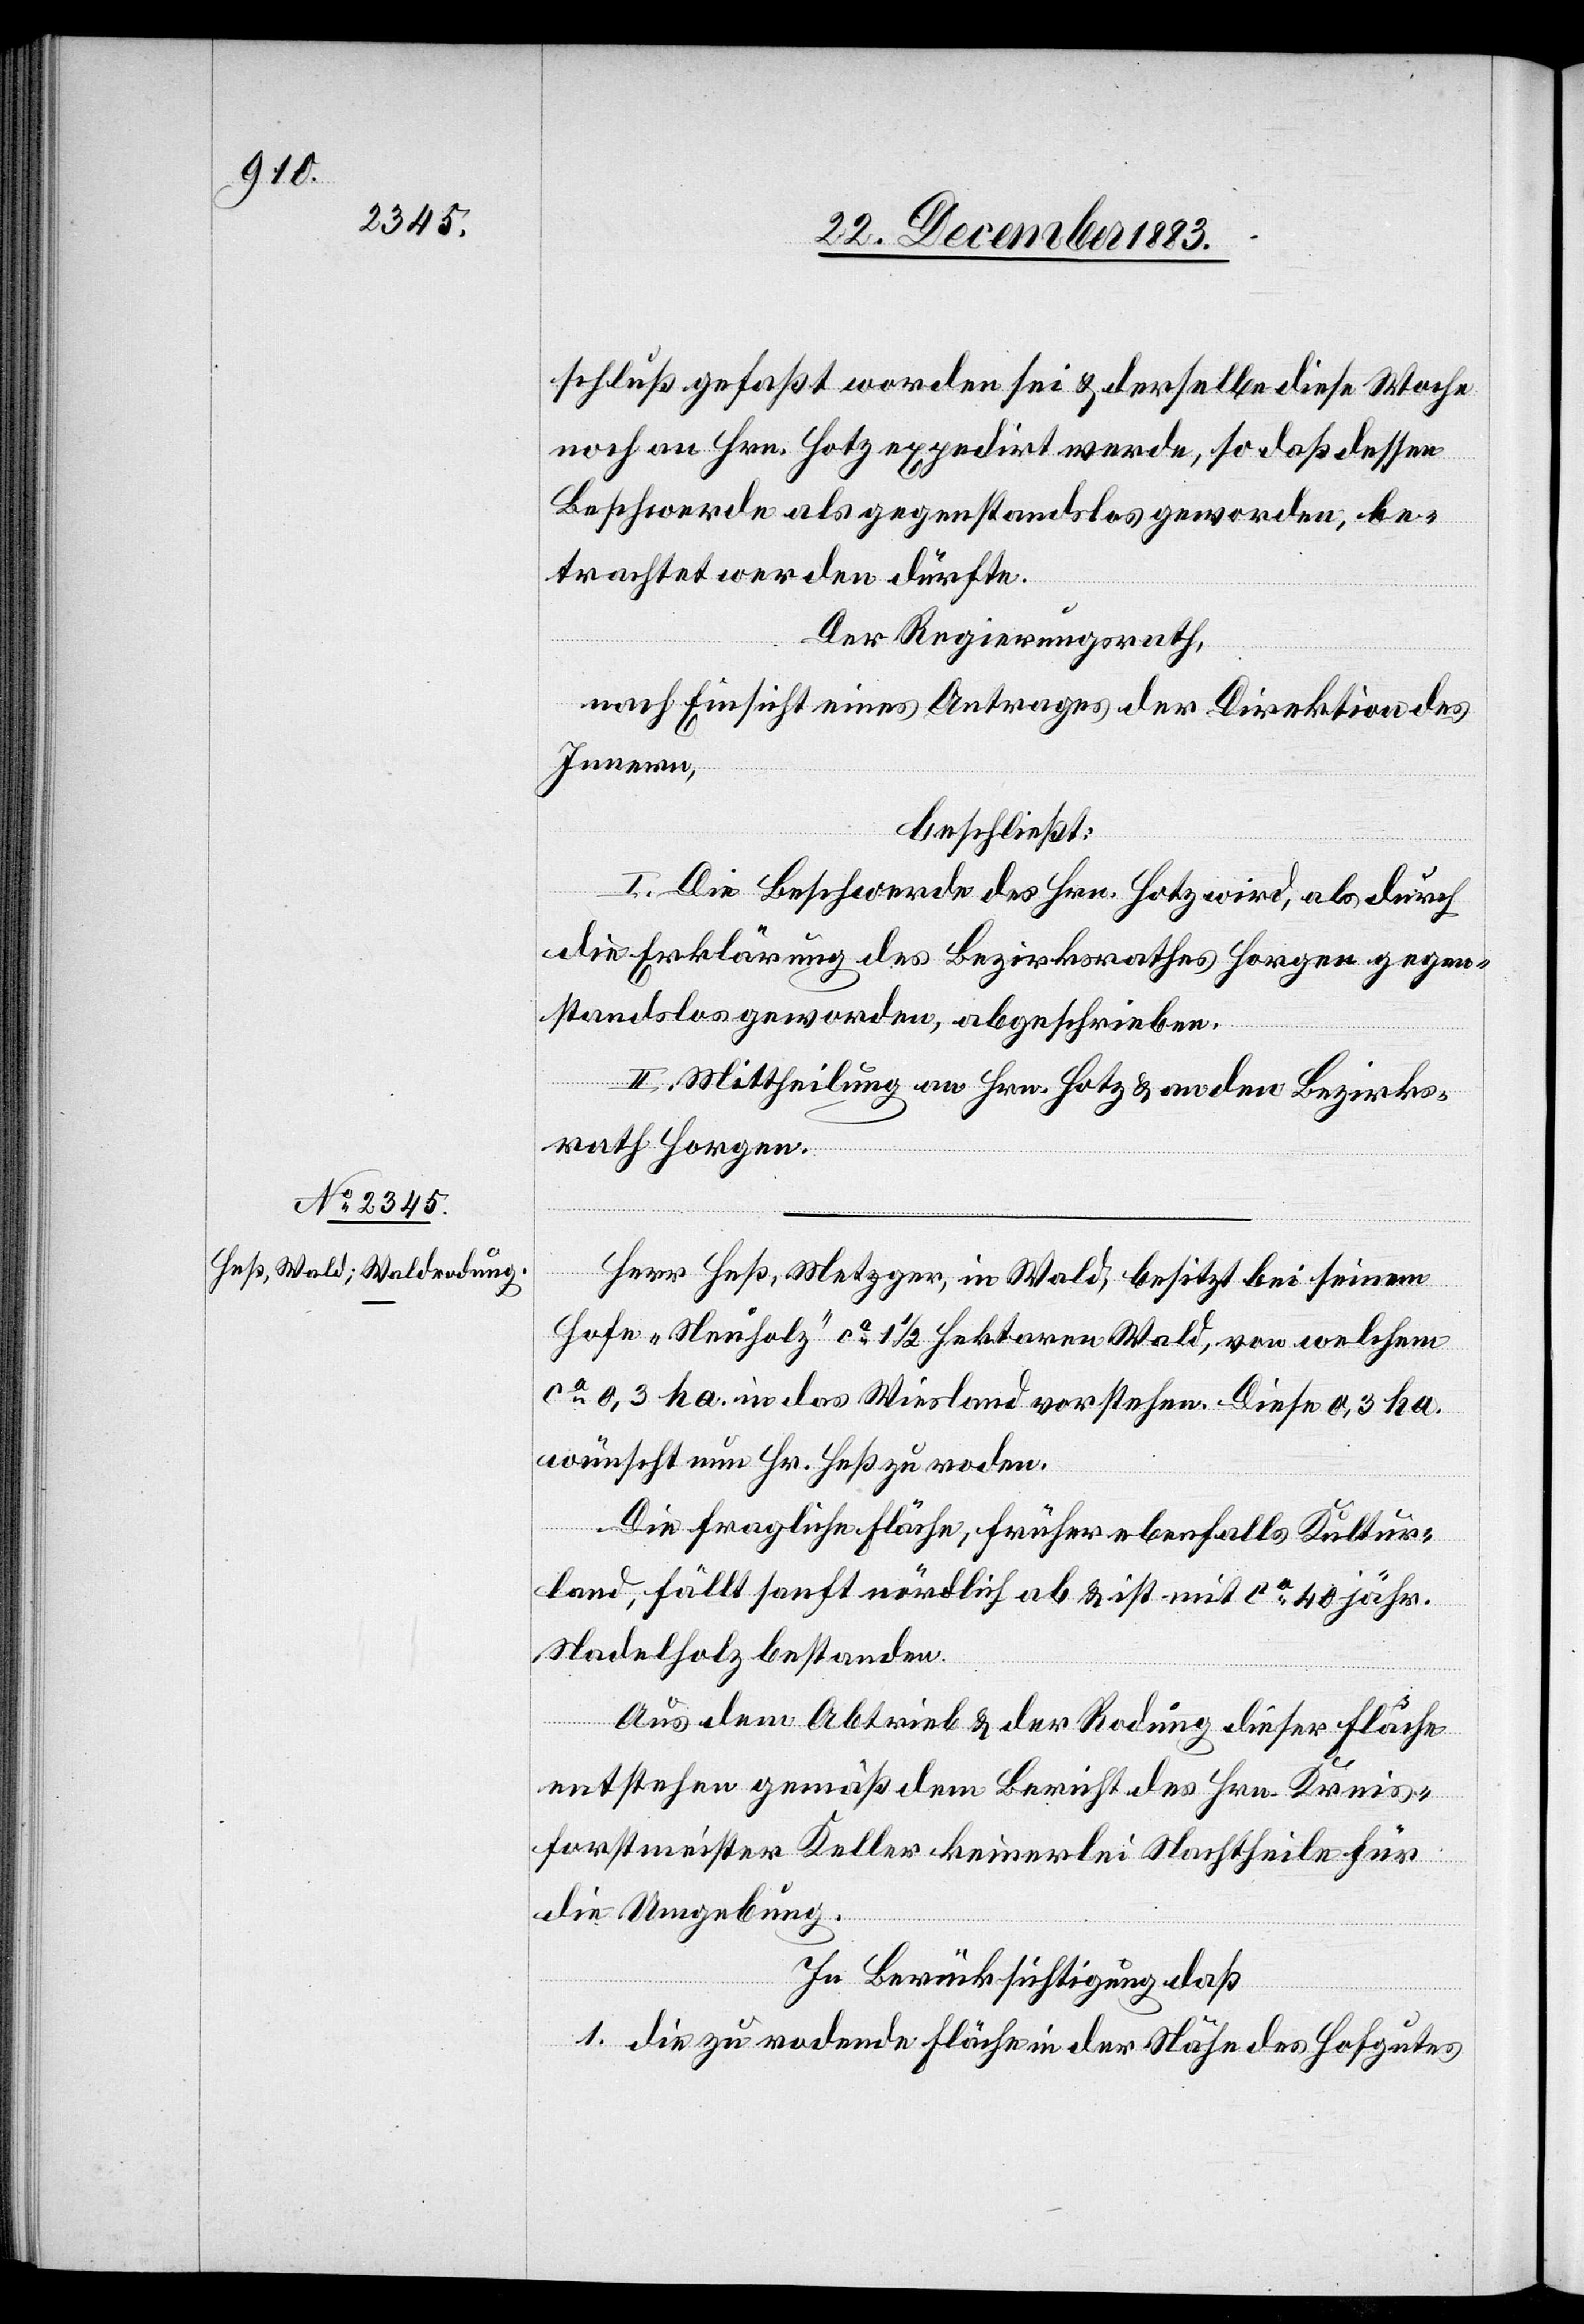
schluß gefaßt worden sei & derselbe diese Woche
noch an Hrn. Hotz expedirt werde, so daß dessen
Beschwerde als gegenstandlos geworden, be¬
trachtet werden dürfte.
Der Regierungsrath,
nach Einsicht eines Antrages der Direktion des
Innern,
beschließt:
I. Die Beschwerde des Hrn. Hotz wird, als durch
die Erklärung des Bezirksrathes Horgen gegen¬
standslos geworden, abgeschrieben.
II. Mittheilung an Hrn. Hotz & an den Bezirks¬
rath Horgen.
Herr Heß, Metzger, in Wald, besitzt bei seinem
Hofe „Neuholz“ ca 1 1/2 Hektaren Wald, von welchem
ca 0,3 ha. in das Wiesland vorstehen. Diese 0,3 ha.
wünscht nun Hr. Heß zu roden.
Die fragliche Fläche, früher ebenfalls Kultur¬
land, fällt sanft nördlich ab & ist mit ca 40 jähr.
Nadelholz bestanden.
Aus dem Abtrieb & der Rodung dieser Fläche
entstehen gemäß dem Bericht des Hrn. Kreis¬
forstmeister Keller keinerlei Nachtheile für
die Umgebung.
In Berücksichtigung daß
1. die zu rodende Fläche in der Nähe des Hofgutes